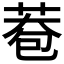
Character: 𦰮